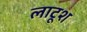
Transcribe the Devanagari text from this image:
लाटूश